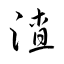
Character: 渣